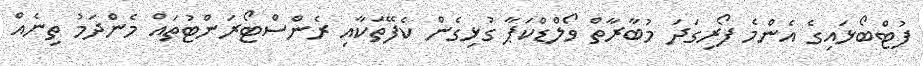
ފުޓްބޯޅައިގެ އެންމެ ފޯރިގަދަ މުބާރާތް ވޯލްޑްކަޕާ ގުޅިގެން ކެފޭތަކާއި ރެންސްޓޯރަންޓުތައް މެންދަމު ތިނެއް